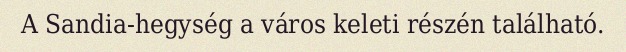
A Sandia-hegység a város keleti részén található.